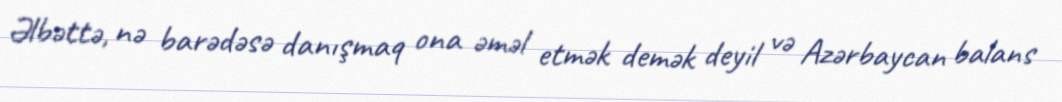
Əlbəttə, nə barədəsə danışmaq ona əməl etmək demək deyil və Azərbaycan balans